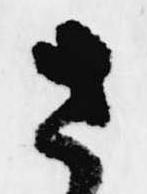
さ